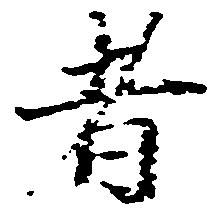
者